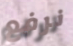
نرفع